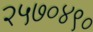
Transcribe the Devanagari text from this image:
२५७०४९०